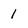
Character: 1